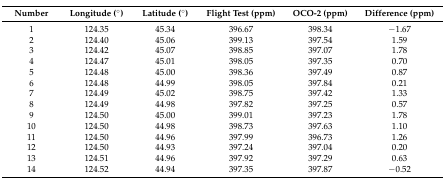
| Number | Longitude (°) | Latitude (°) | Flight Test (ppm) | OCO-2 (ppm) | Difference (ppm) |
 | --- | --- | --- | --- | --- | --- |
 | 1 | 124.35 | 45.34 | 396.67 | 398.34 | −1.67 |
 | 2 | 124.40 | 45.06 | 399.13 | 397.54 | 1.59 |
 | 3 | 124.42 | 45.07 | 398.85 | 397.07 | 1.78 |
 | 4 | 124.47 | 45.01 | 398.05 | 397.35 | 0.70 |
 | 5 | 124.48 | 45.00 | 398.36 | 397.49 | 0.87 |
 | 6 | 124.48 | 44.99 | 398.05 | 397.84 | 0.21 |
 | 7 | 124.49 | 45.02 | 398.75 | 397.42 | 1.33 |
 | 8 | 124.49 | 44.98 | 397.82 | 397.25 | 0.57 |
 | 9 | 124.50 | 45.00 | 399.01 | 397.23 | 1.78 |
 | 10 | 124.50 | 44.98 | 398.73 | 397.63 | 1.10 |
 | 11 | 124.50 | 44.96 | 397.99 | 396.73 | 1.26 |
 | 12 | 124.50 | 44.93 | 397.24 | 397.04 | 0.20 |
 | 13 | 124.51 | 44.96 | 397.92 | 397.29 | 0.63 |
 | 14 | 124.52 | 44.94 | 397.35 | 397.87 | −0.52 |